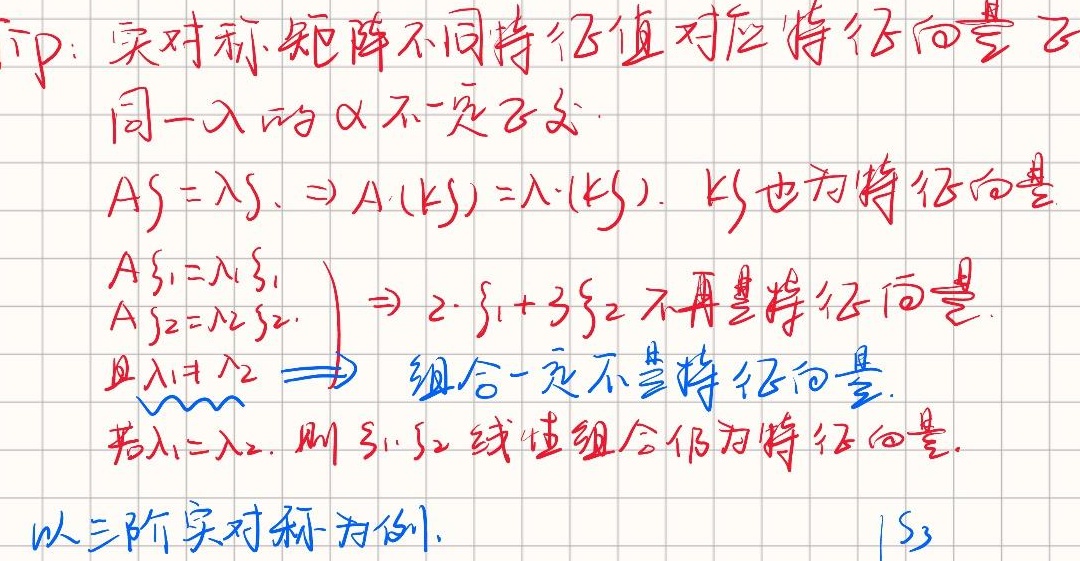
证：实对称矩阵不同特征值对应特征向量，同一$\lambda$的$\alpha$不唯一。
因为若$A\xi = \lambda\xi$，则$A(k\xi)=\lambda\cdot(k\xi)$，所以$k\xi$也为特征向量。
若$\begin{cases}A\xi_{1}=\lambda_{1}\xi_{1}\\A\xi_{2}=\lambda_{2}\xi_{2}\end{cases}$ ，当$\lambda_{1}\neq\lambda_{2}$时，$2\cdot\xi_{1}+ 3\xi_{2}$不再是特征向量，即不同特征值对应特征向量的组合一定不是特征向量。
若$\lambda_{1}=\lambda_{2}$，则$\xi_{1},\xi_{2}$线性组合仍为特征向量。以三阶实对称为例，$|\xi_{3}|$ 。